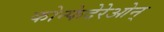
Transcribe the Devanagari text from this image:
कोन्फेदेरेओन्